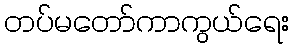
တပ်မတော်ကာကွယ်ရေး